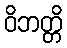
ဝိဘတ္တိ